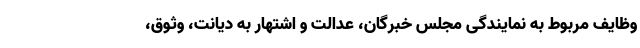
وظایف مربوط به نمایندگی مجلس خبرگان، عدالت و اشتهار به دیانت، وثوق،